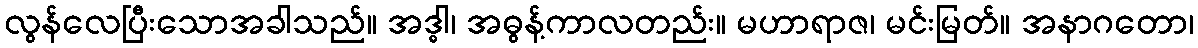
လွန်လေပြီးသောအခါသည်။ အဒ္ဓါ၊ အဓွန့်ကာလတည်း။ မဟာရာဇ၊ မင်းမြတ်။ အနာဂတော၊